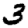
Digit: 3